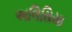
અલિસિયા